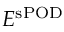
E ^ { \mathrm { s P O D } }